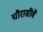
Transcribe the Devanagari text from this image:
चौरासीवें